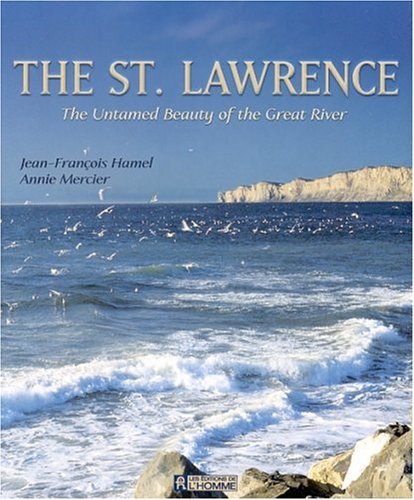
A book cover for The St. Lawrence: The Untamed Beauty of the Great River; Jean-Francois Hamel; Travel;